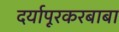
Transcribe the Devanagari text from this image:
दर्यापूरकरबाबा